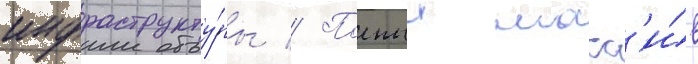
инфраструкту́ры // Полныи масс'и́в